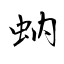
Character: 蚋